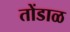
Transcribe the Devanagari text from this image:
तोंडाळ